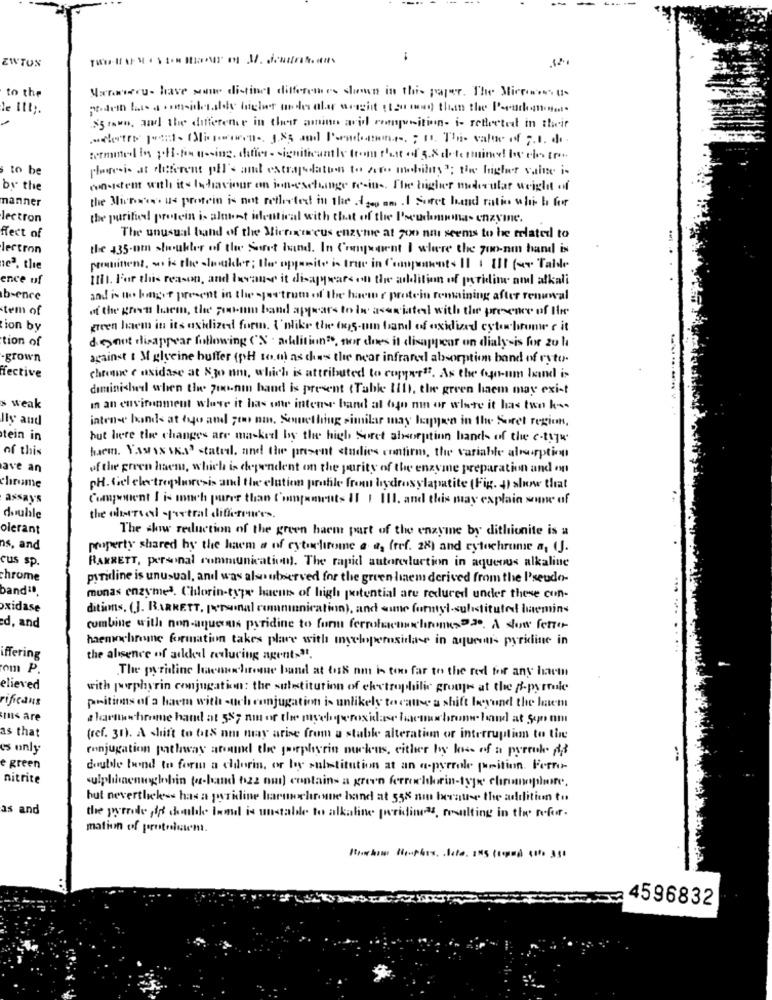
EWTON
to the
Harwiecu- have some distinct differences shown in this paper. The Microsu-
Stron, and the difference in their amino acid composition- i- reflected in their
to be
ploogresis at deferent pll's an extraplatten to foto mobility"; the higher value is
by the
consistent with its Infavour on jon-escluinge re-in -. The higher medicular weight of
nanner
the Mirror us protein is not reflected in the Ages am .I Soret band ration which he
lectron
the purified protein is alttent identical with that of the Pseudomonas enzymne.
fect of
The unusual band of the Micfixereus enzyme at gon nai seems to be related to
lectron
the 435com shoulder of the Sort land. In Competent I where the zoo-am band is
102. the
prominent, so is the slokker; the opposite is true in Components II I III ( Table
ence of
Ifht. For this reason, and Iowause it disappears on the addition of pyridine and alkali
b-ence
and is no bogot present in the spectrum of the haem r protein remaining after renewal
tem of
of the green laem, the Forum band appears to in aseriated with the presence of the
tion by
green haem in its oxidized form. I'mlike the (s-um band of oxidized cytochrome c it
tion of
doesnot disappear following ('N' addition", nor does it disappear on dialysis for 20 l
grown
against t Melyeine buffer (pH to.n) as ches the near infrared absorption band of ryto.
Tective
chrome c oxidase at 830 nm, which is attributed to copper". As the forum land is
diminished when the zoo-nin hand is present (Table 11l), the green haem may exist
s weak
I an environment where it has ofte intense band al togo mm or where it has tun k ..
Ils and
intense bonds at tro and you nan, Semnething similar may legyen in the Suret region,
tein in
but here the changes are masked by the high Soret absorption hands of the e-typu
of this
harm. YAMAN SKA' stated, and the present studies confirm, the variable alruption
ave an
of the green haem, which is dependent on the purity of the enzyme preparation and on
chrome
pH. Gel electrophoresis and the elution pratile from hydrosylapatite (Fig. I) show that
assay's
Component I is much purer than Compaments I1 1 111. and this may explain sonne of
double
the olotrval -partral differen'ss.
olerant
The show reduction of the green harm part of the enzyme by dithionite is a
ns, and
property shared by the haem a of cytochrome a . (ref. 28) and cytochrome a. ().
cus sp.
RAKRETT, personal communication). The rapid autoreduction in aqueous alkaline
chrome
pyridine is unusual, and was alsoobserved for the green hem derived from the Pseudo-
bandªª.
monas enzyme3. Chlorin-type haens of high potential are reduced under these con-
oxidase
ditions. (J. BARRETT, personal communication), and some forny)-substituted lemine
d, and
combine with non-aquesus pyridine to form ferrohacomehome>2.2. A slow fetter
haenchrome formation takes place with ingeloperoxidase in aquesti- pyridine in
iffering
the absence of added reclucing agents3.
om P.
The pyridline havnechrome band at tisk nm is too far to the red for any harm
elieved
with porphyrin conjugation: the substitution of electrophilic groups at the Spyrule
rifcaus
pritions of a baem with -uch conjugation is unlikely to vattse a shift beyond the liaem
Ins are
a harttwwchrome hand at 587 nm or the myeloperoxidase haemorbrunw- hand at Son om
as that
(ref. 31). A shift to OtS nm may arise from a stable alteration or interruption to the
es only
conjugation pathway around the gaphyrin nucleus, either by loss of a purrole of
e green
double bond to form a eldorin, or by substitution at an a-pyrrole punition. Ferro-
nitrite
sulphhemoglobin (-band fizz nur) contains a green ferrochlorin-type chnanoplaste.
but nevertheless has a juridine harunchrone hand at 558 mm because the addition to
as and
the pyrrode ff doulde land is unstable to alkaline peridineas, resulting in the' refor.
mation of proteinwm.
4596832